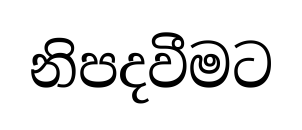
නිපදවීමට